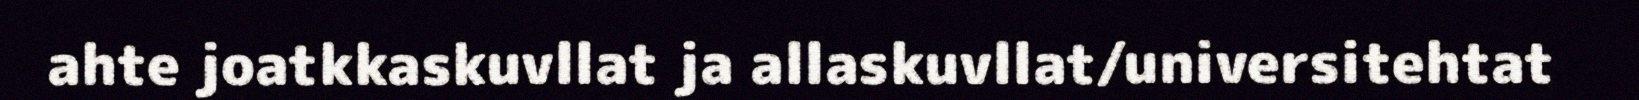
ahte joatkkaskuvllat ja allaskuvllat/universitehtat